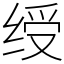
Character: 绶